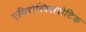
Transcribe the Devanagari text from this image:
एथिरोस्क्लिरोटिक